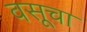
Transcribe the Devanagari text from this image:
वसूचा